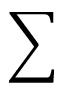
\displaystyle \sum